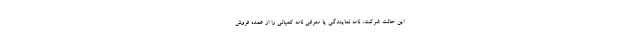
این حالت شرکت، نامه نمایندگی یا معرفی نامه کمپانی را از عمده فروش